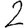
Digit: 2